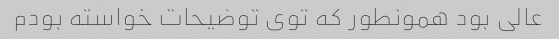
عالی بود همونطور که توی توضیحات خواسته بودم